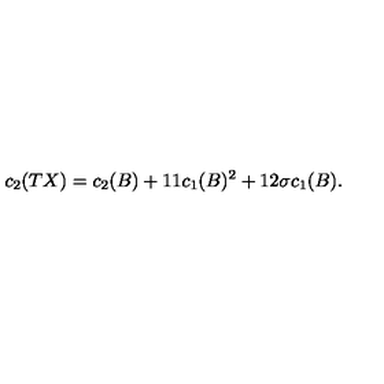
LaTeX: c _ { 2 } ( T X ) = c _ { 2 } ( B ) + 1 1 c _ { 1 } ( B ) ^ { 2 } + 1 2 \sigma c _ { 1 } ( B ) .